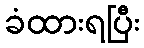
ခံထားရပြီး